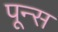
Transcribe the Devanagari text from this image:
पून्स